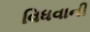
વિધવાની